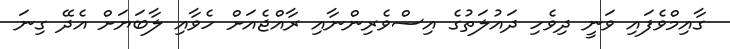
ގާއިމްވެފައި ވަނީ ދިވެހި ދައުލަތުގެ އިސްވެރިންނާއި ރާއްޖެއަށް ހެވާއި ލާބަޔަށް އެދޭ ގިނަ